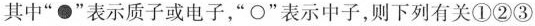
其中”●”表示质子或电子，”○”表示中子，则下列有关①②③